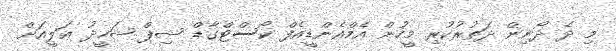
މި ދެ ދޯނިން ދަތުރުކުރި މީހުން އެމްއެންޑީއެފް ކޯސްޓްގާޑް ޝިޕް ޝަހީދު ޢަލީއަށް